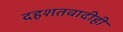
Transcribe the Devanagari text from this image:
दहशतवादीही